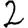
Digit: 2